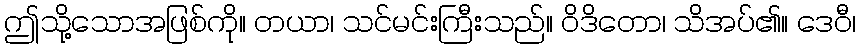
ဤသို့သောအဖြစ်ကို။ တယာ၊ သင်မင်းကြီးသည်။ ဝိဒိတော၊ သိအပ်၏။ ဒေဝီ၊